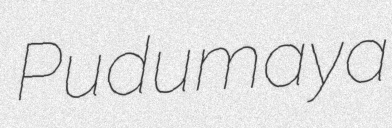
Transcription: Pudumaya